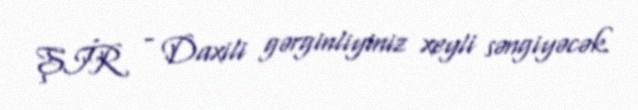
ŞİR - Daxili gərginliyiniz xeyli səngiyəcək.